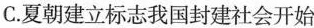
C.夏朝建立标志我国封建社会开始